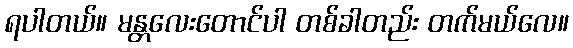
ရပါတယ်။ မန္တလေးတောင်ပါ တစ်ခါတည်း တက်မယ်လေ။